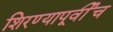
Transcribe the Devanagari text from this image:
शिरण्यापूर्वीच